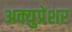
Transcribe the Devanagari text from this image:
अक्युप्रेशर